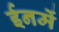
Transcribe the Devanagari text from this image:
ईनमें